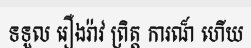
ទទួល រឿងរ៉ាវ ព្រិត្ត ការណ៏ ហើយ